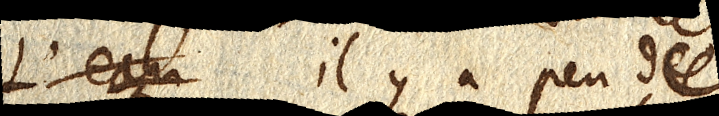
L’eau il y a peu de